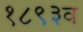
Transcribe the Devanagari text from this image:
१८९३व